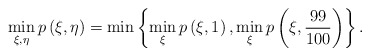
\begin{align*}\min_{\xi, \eta} p\left(\xi, \eta\right) = \min\left\{\min_{\xi}p\left(\xi, 1\right), \min_{\xi}p\left(\xi, \frac{99}{100}\right)\right\}. \end{align*}